Report on the Nagpur School of Medicine, Central Provinces
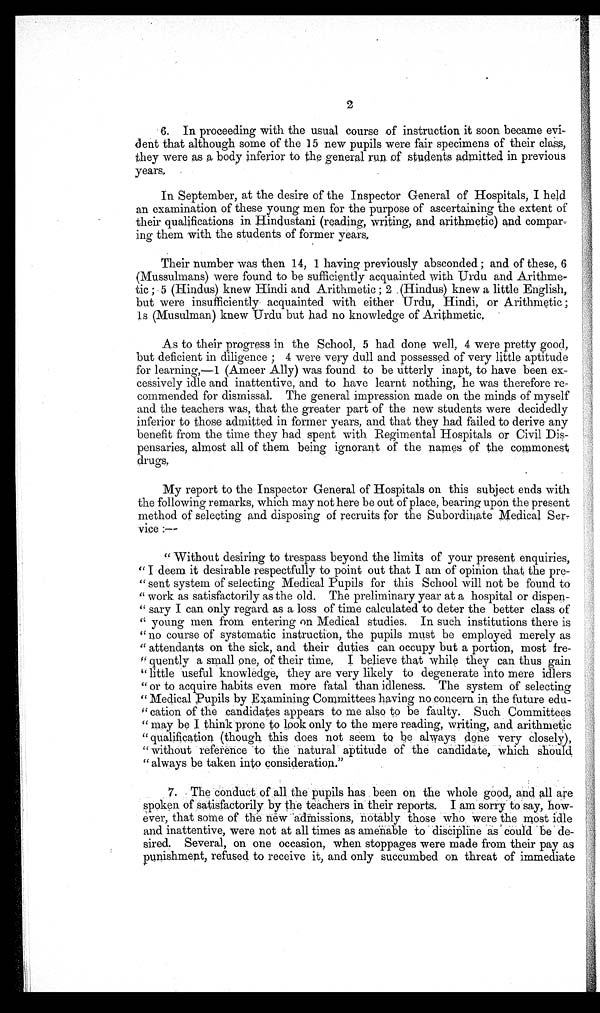
2
6. In proceeding with the usual course of instruction it soon became
e v i - d e n t t h a t a l t h o u g h s o m e o f t h e 1 5 n e w p u p i l s w e r e f a i r s p e c i m e n s o f t h e i r c l a s s ,
they were as a body inferior to the general run of students admitted in previous
years.
In September, at the desire of the Inspector General of Hospitals, I held
an examination of these young men for the purpose of ascertaining the extent of
their qualifications in Hindustani (reading, writing, and arithmetic) and compar
- i n g t h e m w i t h t h e s t u d e n t s o f f o r m e r y e a r s .
Their number was then 14, 1 having previously absconded; and of these, 6
(Mussulmans) were found to be sufficiently acquainted with Urdu and Arithme-
tic; 5 (Hindus) knew Hindi and Arithmetic; 2 (Hindus) knew a little English,
but were insufficiently acquainted with either Urdu Hindi, or Arithmetic;
1s (Musulman) knew Urdu but had no knowledge of Arithmetic,
As to their progress in the School, 5 had done well, 4 were pretty good,
but defi ci ent i n di l i gence; 4 were very dul l and possessed of very l i t t l e apt i t ude
for learning,—1 (Ameer Ally) was found to be utterly inapt, to have been ex-
-cessively idle and inattentive, and to have learnt nothing, he was therefore re--
commended for dismissal. The general impression made on the minds of myself
and the teachers was, that the greater part of the new students were decidedly
inferior to those admitted in former years, and that they had failed to derive any
benefit from the time they had spent with Regimental Hospitals or Civil Dis--
pensaries, almost all of them being ignorant of the names of the commonest
drugs.
My report to the Inspector General of Hospitals on this subject ends with
the following remarks, which may not here be out of place, bearing upon the present
method of selecting and disposing of recruits for the Subordinate Medical Ser--
vice:—
" Without desiring to trespass beyond the limits of your present enquiries,
" I deem it desirable respectfully to point out that I am of opinion that the pre--
" sent system of selecting Medical Pupils for this School will not be found to
work as satisfactorily as the old. The preliminary year at a hospital or dispen--
"sary I can only regard as a loss of time calculated to deter the better class of
" young men from entering on Medical studies. In such institutions there is
" no course of systematic instruction, the pupils must be employed merely as
attendants on the sick, and their duties can occupy but a portion, most fre-
"quently a small one, of their time, I believe that while they can thus gain
" little useful knowledge, they are very likely to degenerate into mere idlers
" or to acquire habits even more fatal than idleness. The system of selecting
" Medical Pupils by Examining Committees having no concern in the future edu- -
" cation of the candidates appears to me also to be faulty. Such Committees
" may be I think prone to look only to the mere reading, writing, and arithmetic
" qualification (though this does not seem to be always done very closely),
" without reference to the natural aptitude of the candidate, which should
" always be taken into consideration."
7. The conduct of all the pupils has been on the whole good, and all are
spoken of satisfactorily by the teachers in their reports. I am sorry to say, how-
ever, that some of the new admissions, notably those who were the most idle
and inattentive, were not at all times as amenable to discipline as could be de-
- s i r e d . S e v e r a l , o n o n e o c c a s i o n , w h e n s t o p p a g e s w e r e m a d e f r o m t h e i r p a y a s
punishment, refused to receive it, and only succumbed on threat of immediate